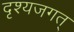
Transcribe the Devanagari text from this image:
दृश्यजगत्‌